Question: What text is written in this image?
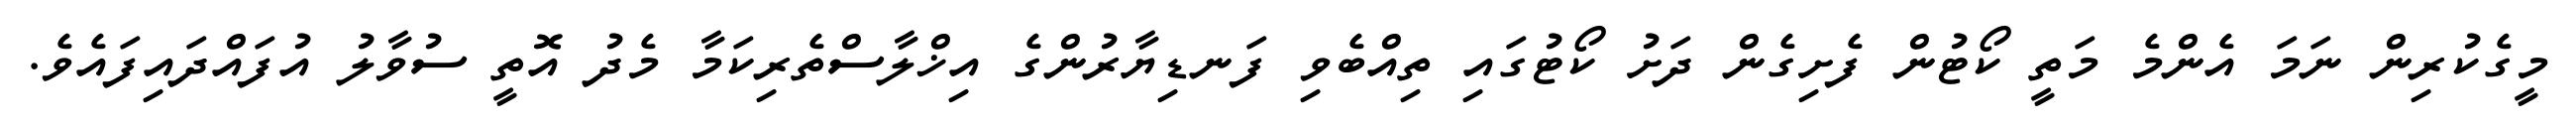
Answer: މީގެކުރިން ނަމަ އެންމެ މަތީ ކޯޓުން ފެށިގެން ދަށު ކޯޓުގައި ތިއްބެވި ފަނޑިޔާރުންގެ އިޚްލާސްތެރިކަމާ މެދު އޮތީ ސުވާލު އުފައްދައިފައެވެ.